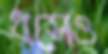
ধসেও